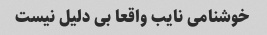
خوشنامی نایب واقعا بی دلیل نیست